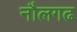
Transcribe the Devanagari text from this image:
नौलगढ